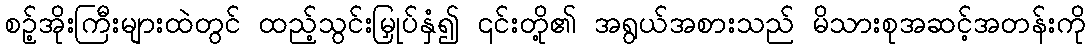
စဥ့်အိုးကြီးများထဲတွင် ထည့်သွင်းမြှုပ်နှံ၍ ၎င်းတို့၏ အရွယ်အစားသည် မိသားစုအဆင့်အတန်းကို